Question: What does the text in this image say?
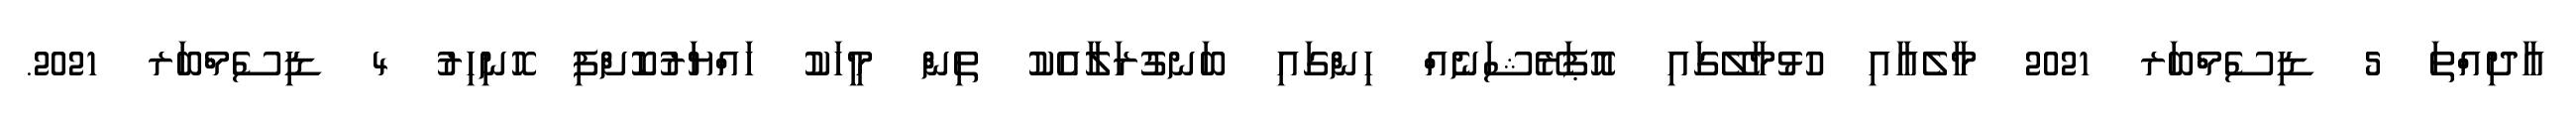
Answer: އާދިއްތަ 5 ޑިސެމްބަރ 2021 މާލެއާއި ހުޅުމާލޭގައި އޮޕަރޭޝަނެއް ހިންގައި ބަނގުރަލާއެކު ތިން މީހަކު ހައްޔަރުކޮށްފި ހޮނިހިރު 4 ޑިސެމްބަރ 2021.